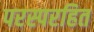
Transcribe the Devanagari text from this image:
परस्परहित